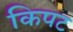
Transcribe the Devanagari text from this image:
किपट